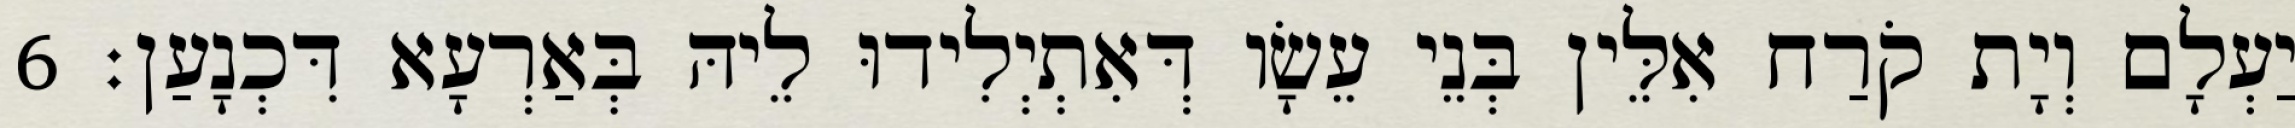
יַעְלָם וְיָת קֹרַח אִלֵּין בְּנֵי עֵשָׂו דְּאִתְיְלִידוּ לֵיהּ בְּאַרְעָא דִּכְנָעַן׃ 6